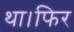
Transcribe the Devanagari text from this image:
था।फिर